Malaria in the Andamans - Number 56
Disease focus: Malaria
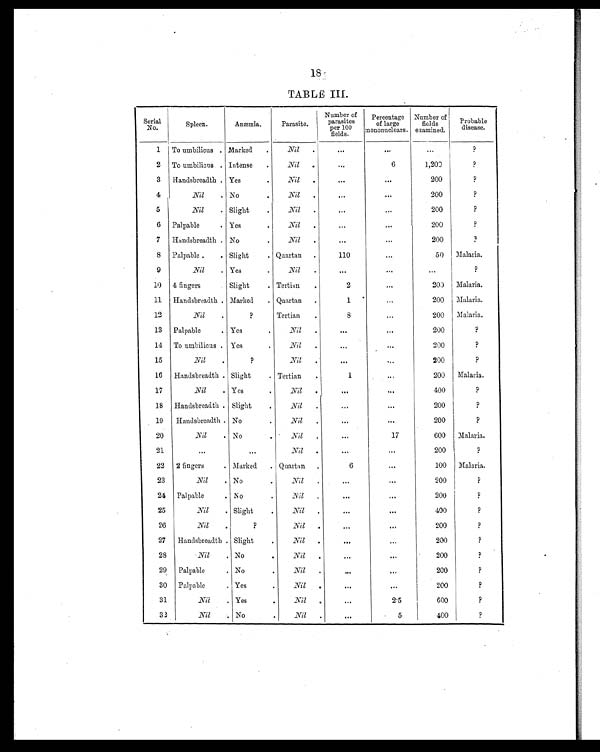
TABLE III.
Serial
No.
Spleen.
Anæmia.
Parasite.
Number of
parasites
per 100
fields.
Percentage
of large
mononuclears.
Number of
fields
examined.
Probable
disease.
1 To umbilicus . Marked
.
Nil
.
...
. . .
. . .
?
2 To umbilicus . Intense
.
Nil .
. . .
6
1,200
?
3 Handsbreadth . Yes
.
Nil .
. . .
...
200
?
4
Nil
. No
.
Nil
.
. . .
. . .
200
?
5
Nil
. Slight
.
Nil
.
...
...
200
?
6 Palpable
. Yes
.
Nil
.
...
...
200
?
7 Handsbreadth . No
.
Nil
.
. . .
...
200
?
8 Palpable .
. Slight
. Quartan .
110
...
50 Malaria.
9
Nil
. Yes
.
Nil
.
. . .
. . .
. . .
?
10 4 fingers
. Slight
. Tertian
.
2
. . .
200 Malaria.
11 Handsbreadth . Marked
. Quartan
.
1
. . .
200 Malaria.
12
Nil
.
?
Tertian
.
8
. . .
200 Malaria.
13 Palpable
. Yes
.
Nil
.
. . .
. . .
200
?
14 To umbilicus . Yes
.
Nil
.
. . .
. . .
200
?
15
Nil
.
?
Nil
.
. . .
. . .
200
?
16 Handsbreadth . Slight
. Tertian
.
1
. . .
200 Malaria.
17
Nil
. Yes
.
Nil .
...
. . .
400
?
18 Handsbreadth . Slight
.
Nil
.
...
. . .
200
?
19
Handsbreadth . No
.
Nil
.
. . .
. . .
200
?
20
Nil
. No
.
Nil
.
...
17
600 Malaria.
21
...
...
Nil
.
. . .
. . .
200
?
22 2 fingers
. Marked
. Quartan .
6
...
100 Malaria.
23
Nil
. No
.
Nil
.
...
. . .
200
?
24 Palpable
. No
.
Nil
.
. . .
. . .
200
?
25
Nil
. Slight
.
Nil
.
. . .
. . .
400
?
26
Nil
.
?
Nil
.
. . .
. . .
200
?
27 Handsbreadth . Slight
.
Nil
.
. . .
...
200
?
28
Nil
. No
.
Nil
.
. . .
. . .
200
?
29 Palpable
. No
.
Nil
.
. . .
. . .
200
?
30 Palpable
. Yes
.
Nil
.
. . .
. . .
200
?
31
Nil
. Yes
.
Nil
.
...
2.5
600
?
32
Nil
. No
.
Nil
.
. . .
5
400
?